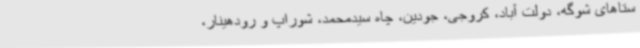
ستاهای شوگه، دولت آباد، کروجی، جودین، چاه سیدمحمد، شوراپ و رودهینار،